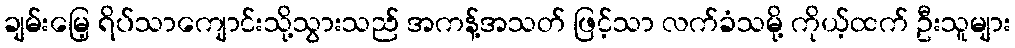
ချမ်းမြေ့ ရိပ်သာကျောင်းသို့သွားသည် အကန့်အသတ် ဖြင့်သာ လက်ခံသမို့ ကိုယ့်ထက် ဦးသူများ